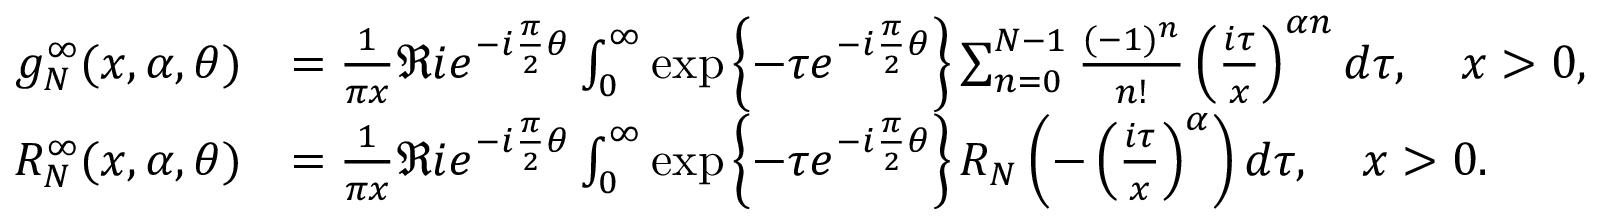
\begin{array} { r l } { g _ { N } ^ { \infty } ( x , \alpha , \theta ) } & { = \frac { 1 } { \pi x } \Re i e ^ { - i \frac { \pi } { 2 } \theta } \int _ { 0 } ^ { \infty } \exp \left\{ - \tau e ^ { - i \frac { \pi } { 2 } \theta } \right\} \sum _ { n = 0 } ^ { N - 1 } \frac { ( - 1 ) ^ { n } } { n ! } \left( \frac { i \tau } { x } \right) ^ { \alpha n } d \tau , \quad x > 0 , } \\ { R _ { N } ^ { \infty } ( x , \alpha , \theta ) } & { = \frac { 1 } { \pi x } \Re i e ^ { - i \frac { \pi } { 2 } \theta } \int _ { 0 } ^ { \infty } \exp \left\{ - \tau e ^ { - i \frac { \pi } { 2 } \theta } \right\} R _ { N } \left( - \left( \frac { i \tau } { x } \right) ^ { \alpha } \right) d \tau , \quad x > 0 . } \end{array}